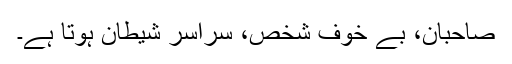
صاحبان، بے خوف شخص، سراسر شیطان ہوتا ہے۔